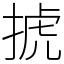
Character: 𢮎